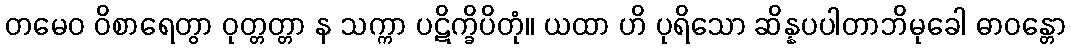
တမေဝ ဝိစာရေတွာ ဝုတ္တတ္တာ န သက္ကာ ပဋိက္ခိပိတုံ။ ယထာ ဟိ ပုရိသော ဆိန္နပပါတာဘိမုခေါ ဓာဝန္တော